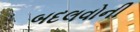
બદલવોની